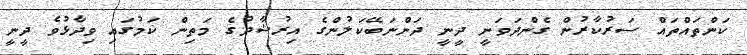
ކަންތައްތައް ސަރުކާރުން ގެންދަވަނީ ދީނީ ދަންނަބޭކަލުންގެ އިރުޝާދުގެ މަތިން ކަމުގައި ވިދާޅުވެ ދީނީ